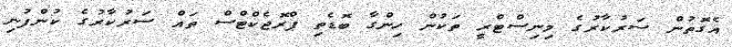
އެގޮތުން ސަރުކާރުގެ މިނިސްޓްރީ ތަކުން ހިންގާ ބޮޑެތި ޕްރޮޖެކްޓްސް ތައް ސަރުކާރުގެ ކުންފުނި